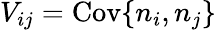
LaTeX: V_{ij}=\mathrm{Cov}\{ n_{i},n_{j}\}